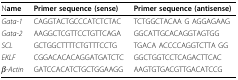
| Name | Primer sequence (sense) | Primer sequence (antisense) |
 | --- | --- | --- |
 | Gata-1 | CAGGTACTGCCCATCTCTAC | TCTGGCTACAA G AGGAGAAG |
 | Gata-2 | AAGGCTCGTTCCTGTTCAGA | GGCATTGCACAGGTAGTGG |
 | SCL | GCTGGCTTTTCTGTTTCCTG | TGACA ACCCCAGGTCTTA GG |
 | EKLF | CGGACACACAGGATGATCTC | GGCTGGTCCTCAGACTTCAC |
 | β-Actin | GATCCACATCTGCTGGAAGG | AAGTGTGACGTTGACATCCG |